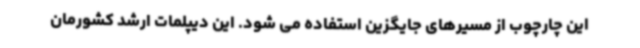
این چارچوب از مسیرهای جایگزین استفاده می شود. این دیپلمات ارشد کشورمان